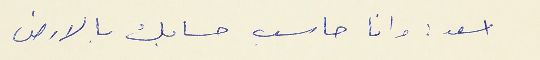
اسعد : وانا حاسب حسابك بالارض